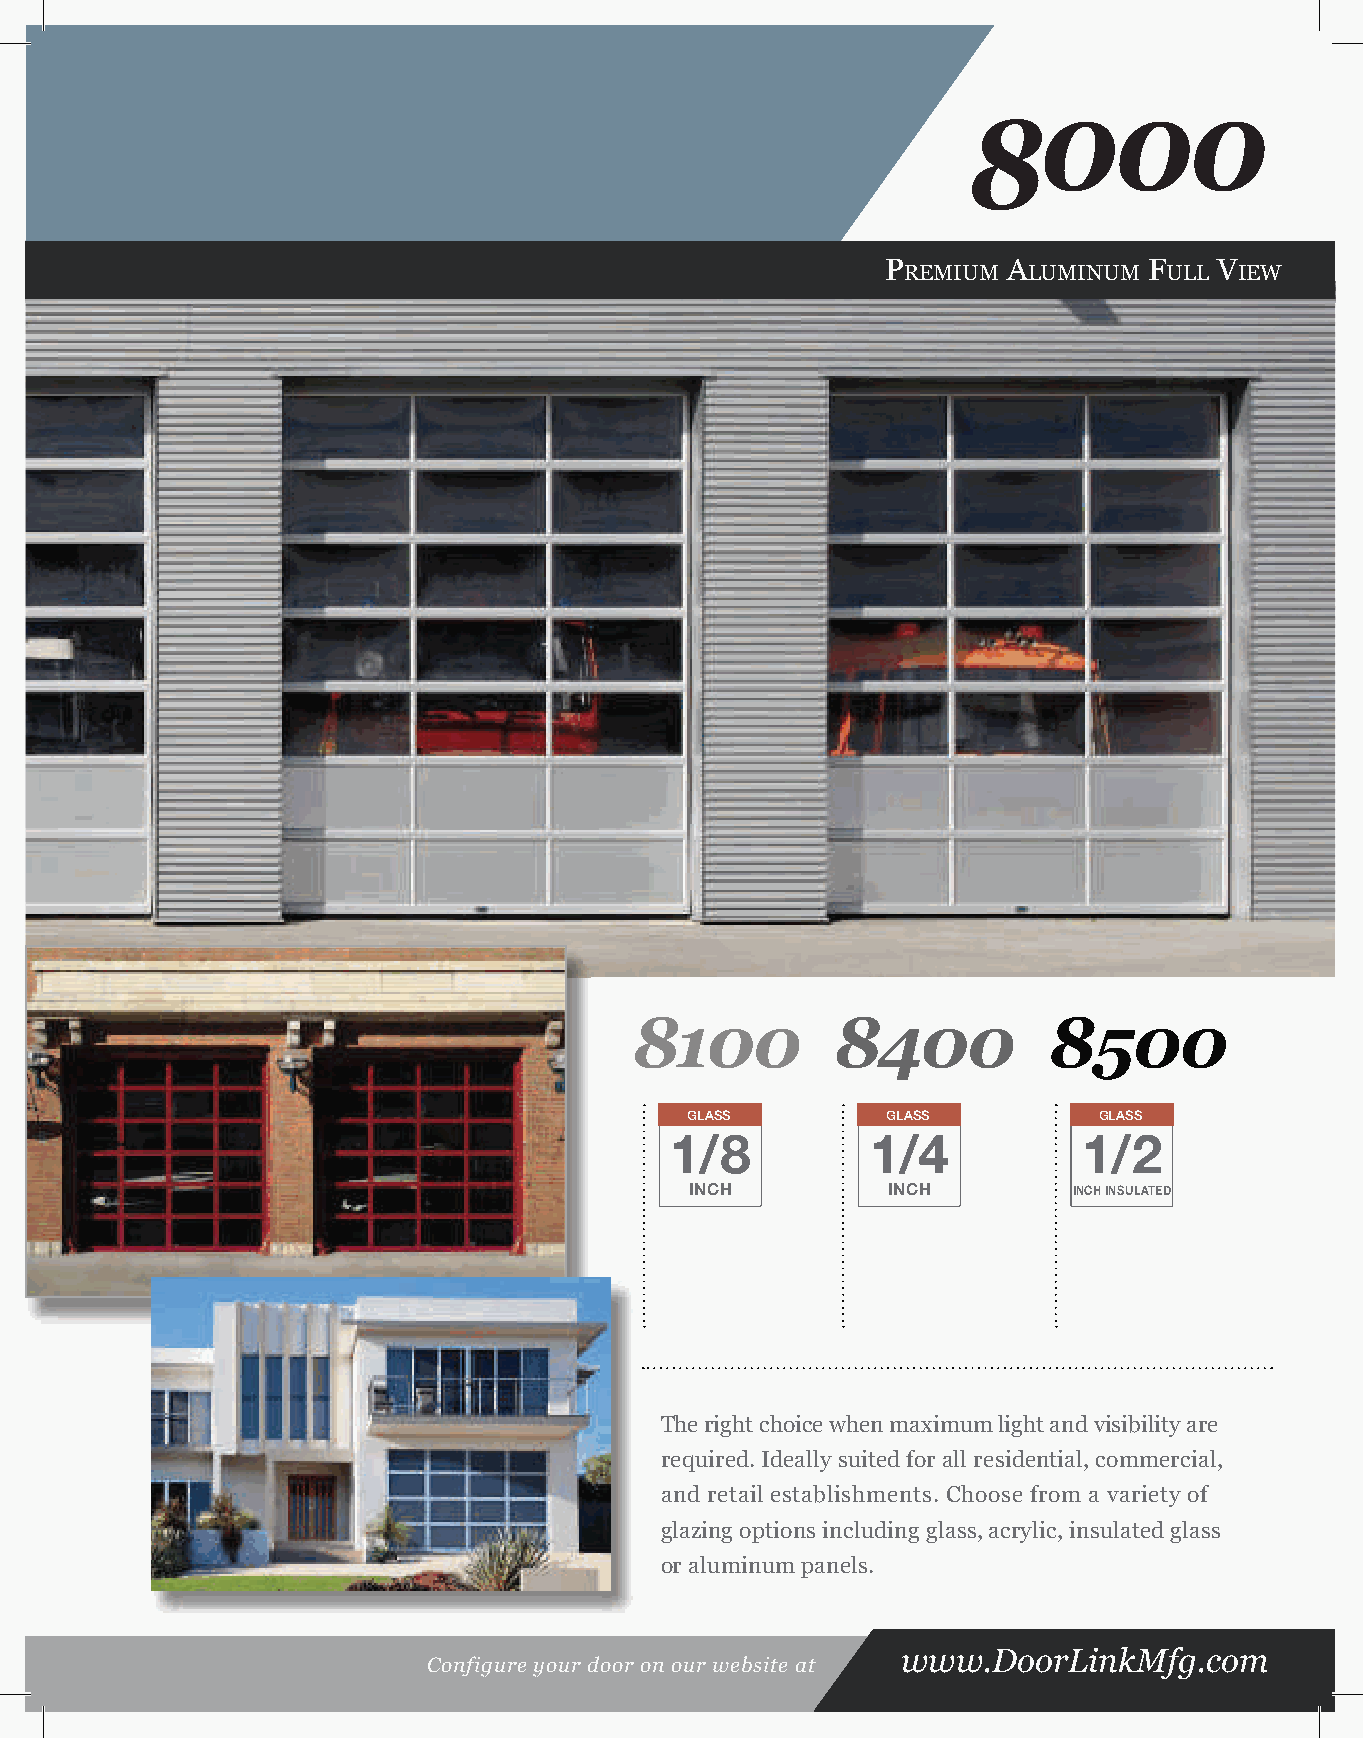
000
 8
 P       A        F   V
 REMIUM  LUMINUM  ULL  IEW
 8100         8400          8500
 GLASS         GLASS         GLASS
 1/8           1/4           1/2
 INCH         INCH        INCH INSULATED
 The right choice when maximum light and visibility are
 required. Ideally suited for all residential, commercial,
 and retail establishments. Choose from a variety of
 glazing options including glass, acrylic, insulated glass
 or aluminum panels.
 www.DoorLinkMfg.com
 Configure your door on our website at